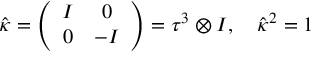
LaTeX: \hat { \kappa } = \left( \begin{array} { c c } { { I } } & { { 0 } } \\ { { 0 } } & { { - I } } \end{array} \right) = \tau ^ { 3 } \otimes I , \quad \hat { \kappa } { } ^ { 2 } = 1